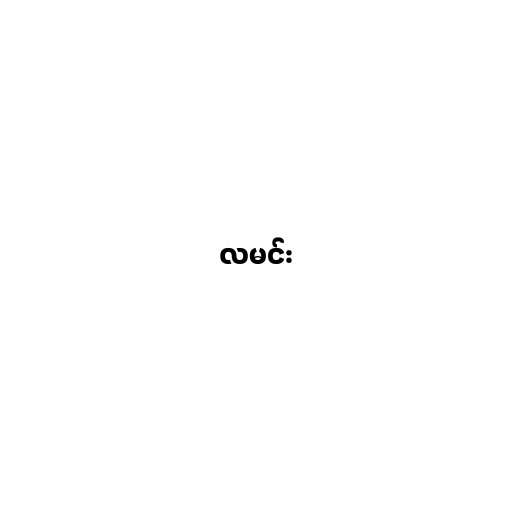
လမင်း